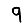
Digit: 9